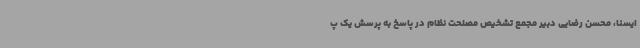
ایسنا، محسن رضایی دبیر مجمع تشخیص مصلحت نظام در پاسخ به پرسش یک پ